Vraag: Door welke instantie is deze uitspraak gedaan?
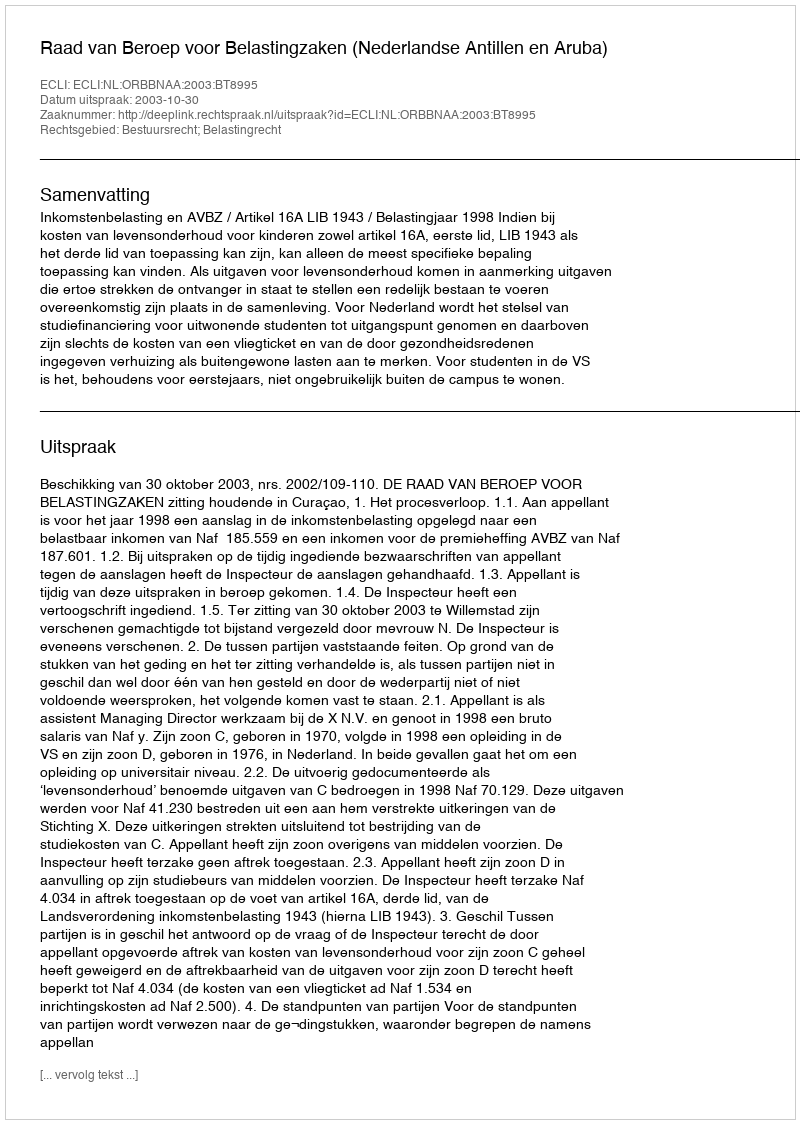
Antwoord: Raad van Beroep voor Belastingzaken (Nederlandse Antillen en Aruba)